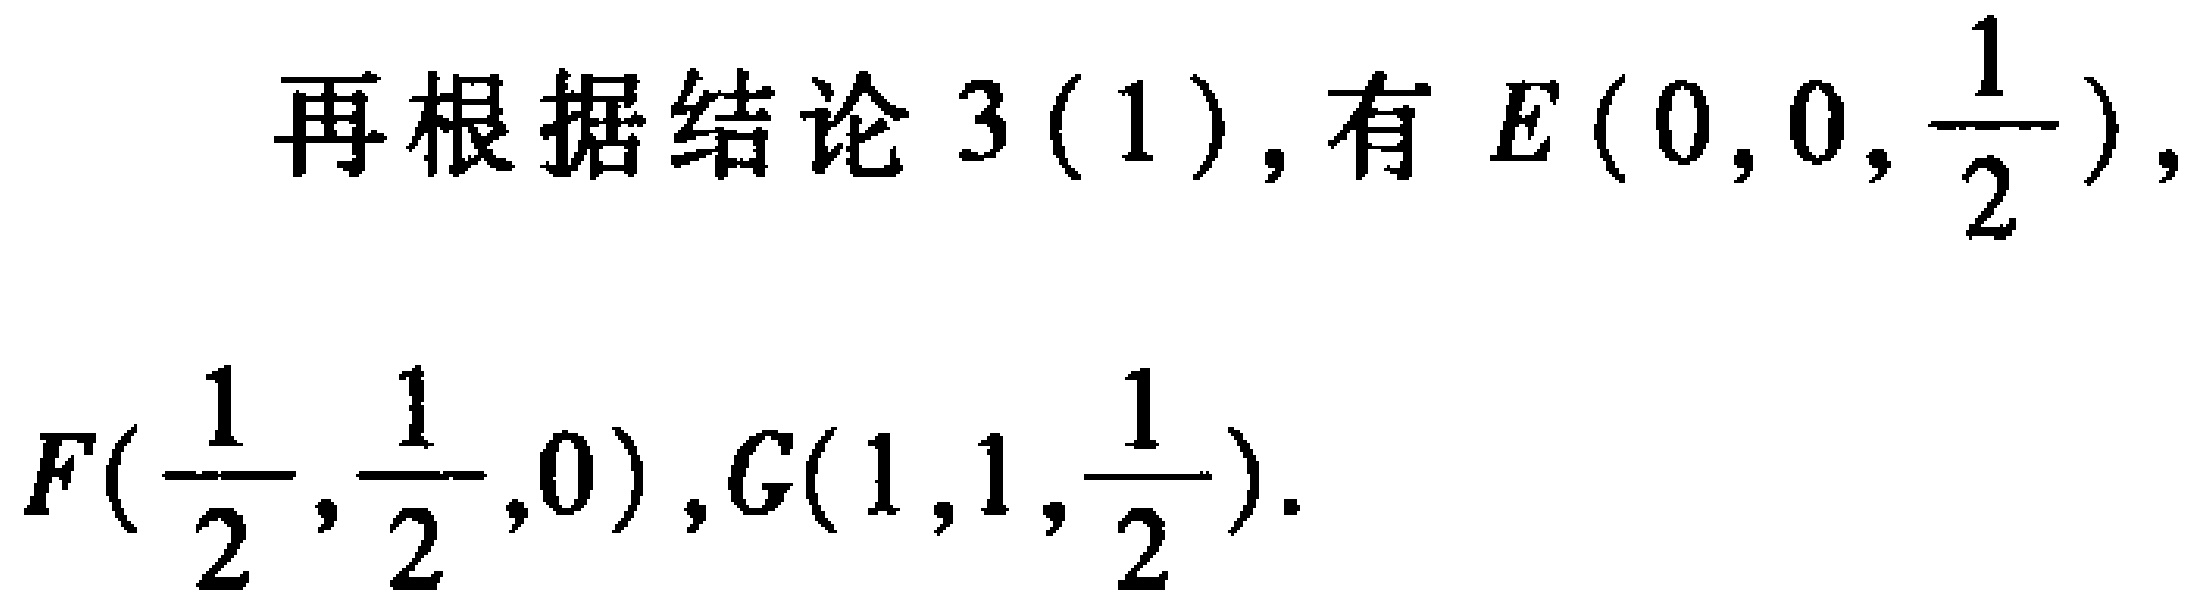
再根据结论 3(1), 有 \(E(0,0,\frac{1}{2})\),

\(F(\frac{1}{2},\frac{1}{2},0),G(1,1,\frac{1}{2})\).